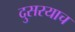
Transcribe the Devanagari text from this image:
दुसरयाच